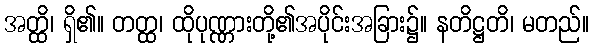
အတ္ထိ၊ ရှိ၏။ တတ္ထ၊ ထိုပုဏ္ဏားတို့၏အပိုင်းအခြား၌။ နတိဋ္ဌတိ၊ မတည်။